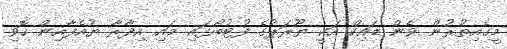
މީގެއިތުރުން ވެން ޑައިކް އަކީ ޔޫރަޕުގެ ފުޓުބޯޅައި މައި އިދާރާ ޔުއެފާއިން ހޮވި